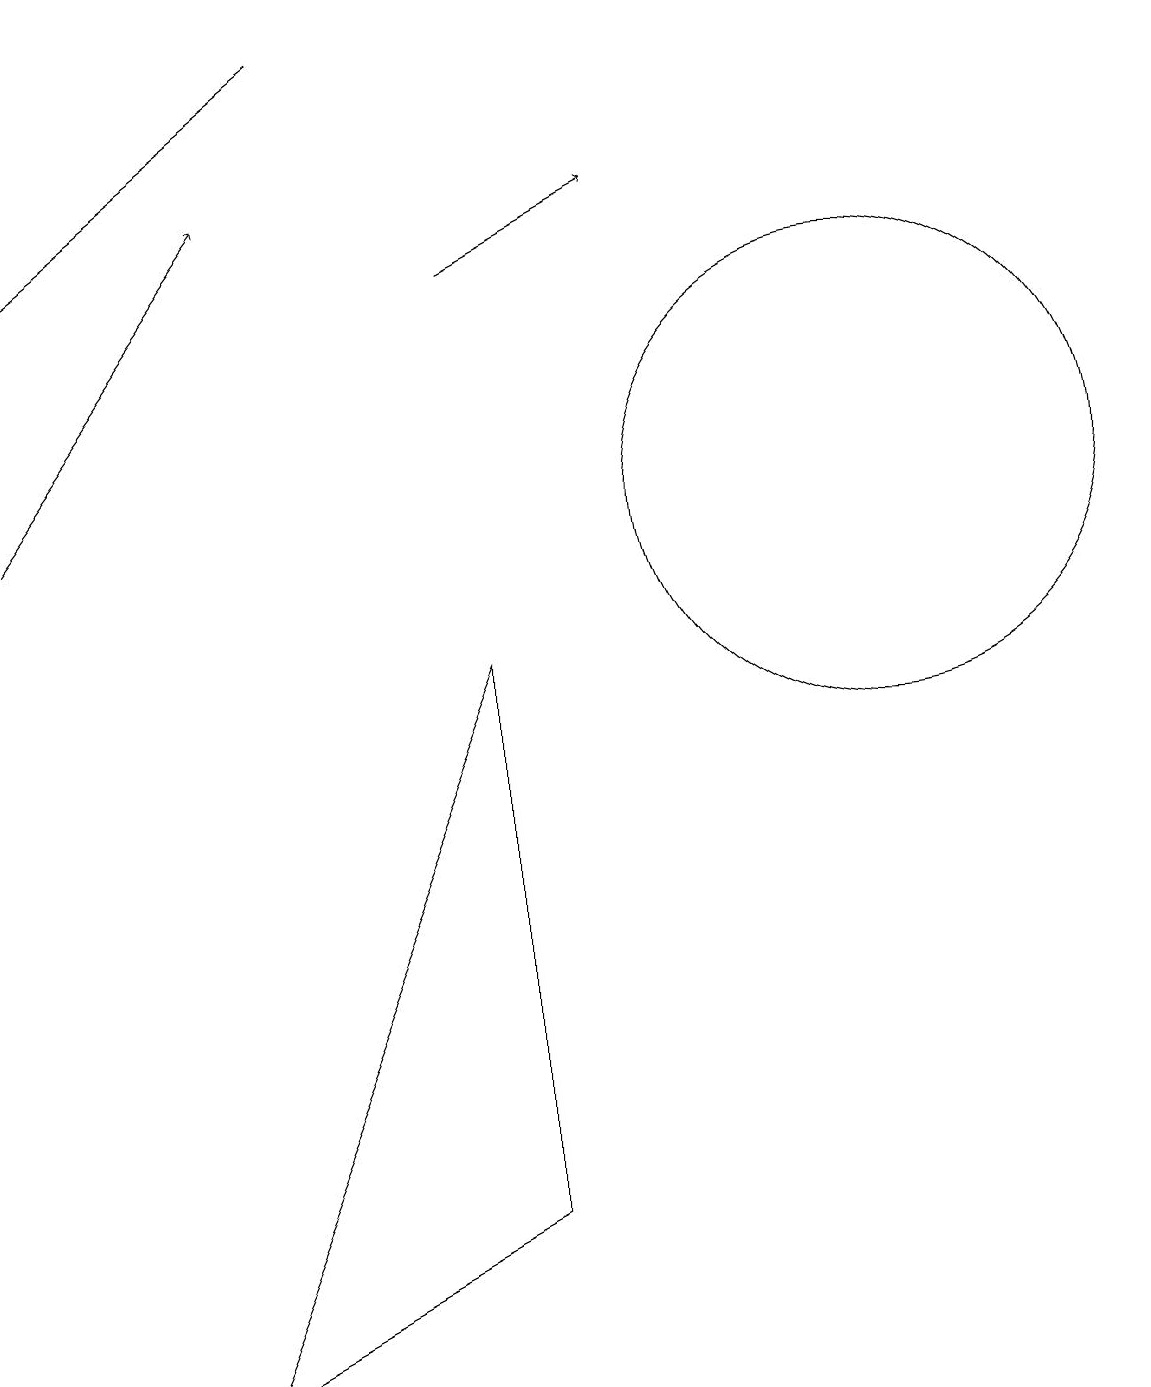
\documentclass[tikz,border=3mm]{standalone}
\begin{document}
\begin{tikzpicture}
\draw[->] (5,17) -- (1,14);
\draw (12,11) circle (3);
\draw[->] (1,11) -- (4,15);
\draw[->] (7,14) -- (9,15);
\draw (7,2) -- (7,9) -- (3,0) -- cycle;
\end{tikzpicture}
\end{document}